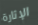
الإثارة